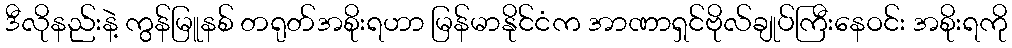
ဒီလိုနည်းနဲ့ ကွန်မြူနစ် တရုတ်အစိုးရဟာ မြန်မာနိုင်ငံက အာဏာရှင်ဗိုလ်ချုပ်ကြီးနေဝင်း အစိုးရကို